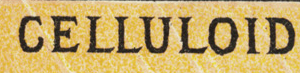
CELLULOID